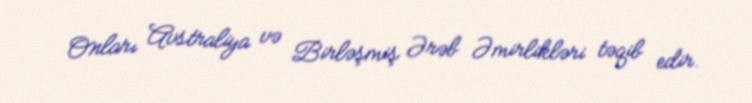
Onları Avstraliya və Birləşmiş Ərəb Əmirlikləri təqib edir.